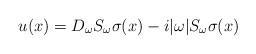
LaTeX: \begin{align*}u(x) = D_\omega S_\omega \sigma(x) - i |\omega| S_\omega \sigma(x) \end{align*}